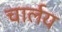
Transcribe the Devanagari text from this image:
चार्लय